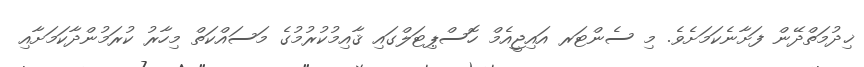
ޚިދުމަތްދޭން ފަށާނެކަމަށެވެ. މި ސެންޓަރ އައިޖީއެމް ހޮސްޕިޓަލްގައި ޤާއިމުކުރުމުގެ މަސައްކަތް މިހާރު ކުރަމުންދާކަމަށާއި